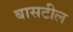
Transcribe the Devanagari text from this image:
बासटील